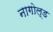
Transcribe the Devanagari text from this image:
नागोल्ड